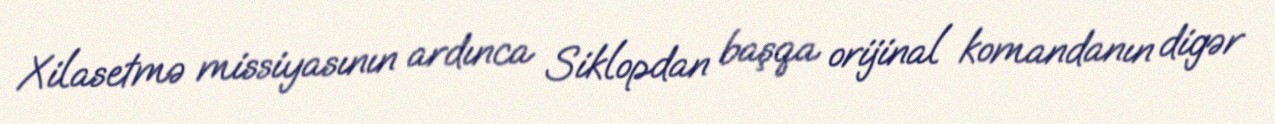
Xilasetmə missiyasının ardınca Siklopdan başqa orijinal komandanın digər